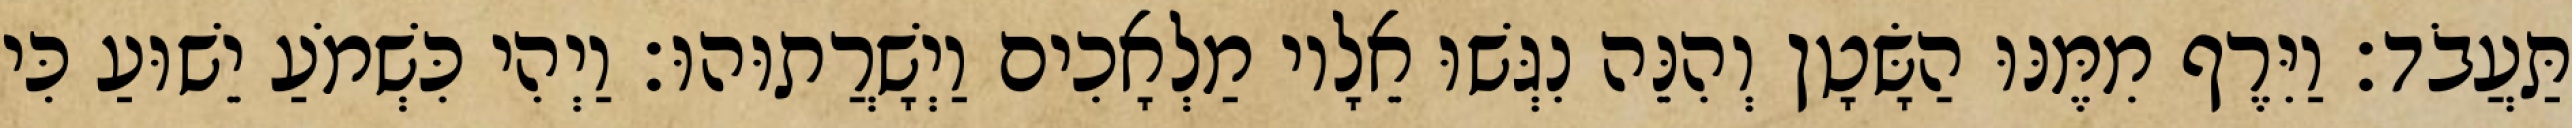
תַּעֲבֹד׃ וַיִּרֶף מִמֶּנּוּ הַשָּׂטָן וְהִנֵּה נִגְּשׁוּ אֵלָיו מַלְאָכִים וַיְשָׁרֲתוּהוּ׃ וַיְהִי כִּשְׁמֹעַ יֵשׁוּעַ כִּי